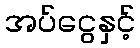
အပ်ငွေနှင့်